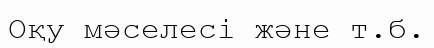
Оқу мәселесі және т.б.